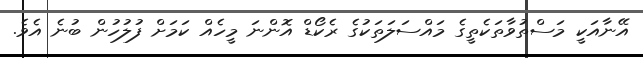
އޭނާއަކީ މަސްތުވާތަކެތީގެ މައްސަލަތަކުގެ ރެކޯޑް އޮންނަ މީހެއް ކަމަށް ފުލުހުން ބުނެ އެވެ.